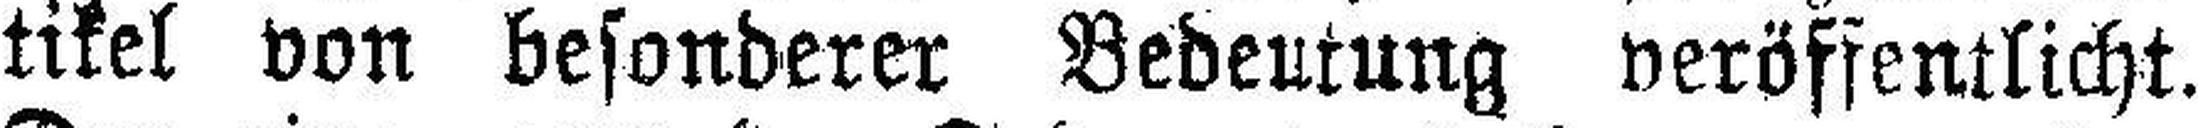
tikel von besonderer Bedeutung veröffentlicht.